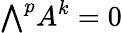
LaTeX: {\textstyle\bigwedge}^{p}A^{k}=0